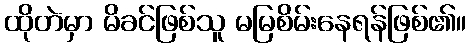
ထိုတဲမှာ မိခင်ဖြစ်သူ မမြစိမ်းနေရန်ဖြစ်၏။